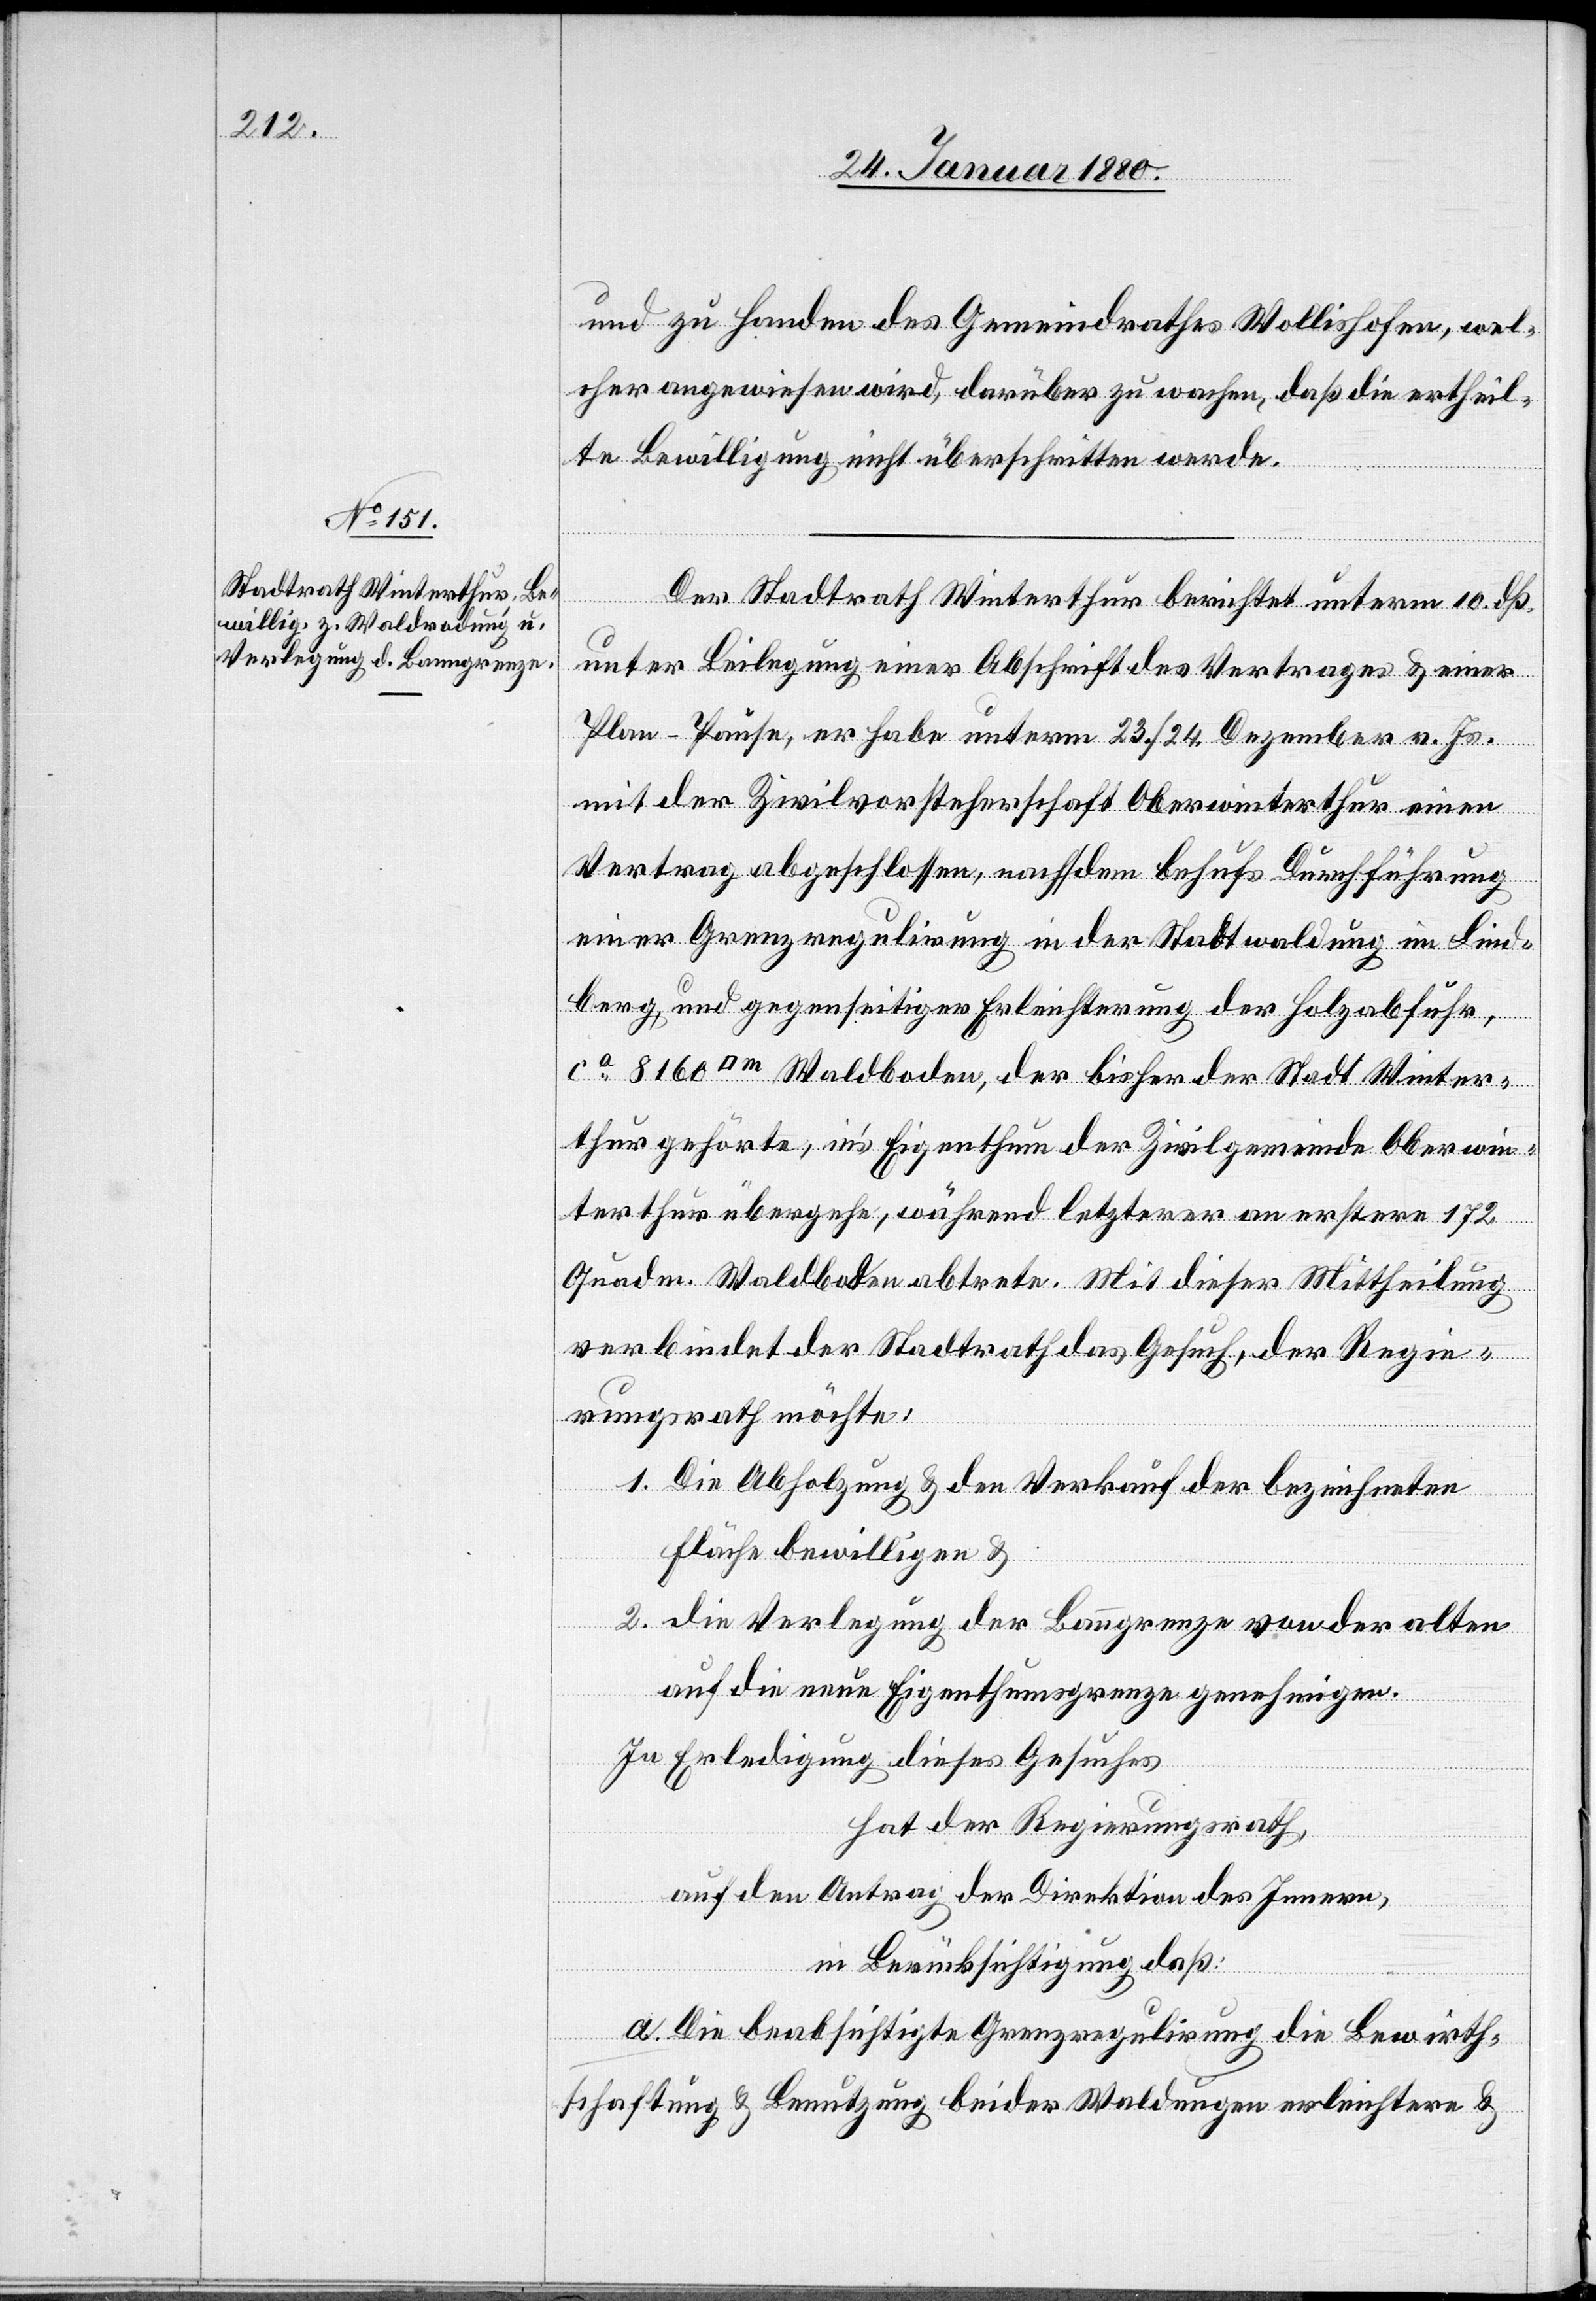
und zu Handen des Gemeindrathes Wollishofen, wel¬
cher angewiesen wird, darüber zu wachen, daß die ertheil¬
te Bewilligung nicht überschritten werde.
Der Stadtrath Winterthur berichtet unterm 10. dß.
unter Beilegung einer Abschrift des Vertrages & einer
Plan-Pause, er habe unterm 23./24. Dezember v. Js.
mit der Zivilvorsteherschaft Oberwinterthur einen
Vertrag abgeschlossen, nach dem behufs Durchführung
einer Grenzregulirung in der Stadtwaldung im Lind¬
berg, und gegenseitiger Erleichterung der Holzabfuhr,
[Quadratmeter] Waldboden, der bisher der Stadt Winter¬
thur gehörte, in’s Eigenthum der Zivilgemeinde Oberwin¬
terthur übergehe, während letztere an erstere 172
Quadm. Waldboden abtrete. Mit dieser Mittheilung
verbindet der Stadtrath das Gesuch, der Regie¬
rungsrath möchte:
1. Die Abholzung & den Verkauf der bezeichneten
Fläche bewilligen &
2. Die Verlegung der Banngrenze von der alten
auf die neue Eigenthumsgrenze genehmigen.
In Erledigung dieses Gesuches
hat der Regierungsrath,
auf den Antrag der Direktion des Innern,
in Berücksichtigung, daß:
a. Die beabsichtigte Grenzregulirung die Bewirth¬
schaftung & Benutzung beider Waldungen erleichtern &